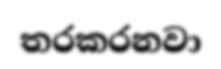
තරකරනවා